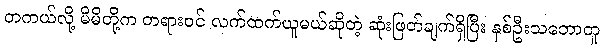
တကယ်လို့ မိမိတို့က တရားဝင် လက်ထက်ယူမယ်ဆိုတဲ့ ဆုံးဖြတ်ချက်ရှိပြီး နှစ်ဦးသဘောတူ